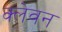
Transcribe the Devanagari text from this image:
क्लेवन